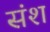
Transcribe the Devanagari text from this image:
संश